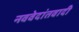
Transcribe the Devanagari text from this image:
नववेदांतवादी